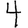
Digit: 4